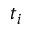
t _ { i }